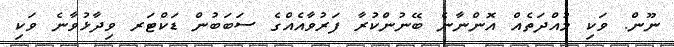
ނޫން. ވަކި މުއްދަތެއް އޮންނާނެ ބޭނުންކުރާ ފަރުވާއެއްގެ ސަބަބުން ޑަކްޓަރ ވިދާޅުވާނެ ވަކި